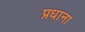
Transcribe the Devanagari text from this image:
प्रधाना